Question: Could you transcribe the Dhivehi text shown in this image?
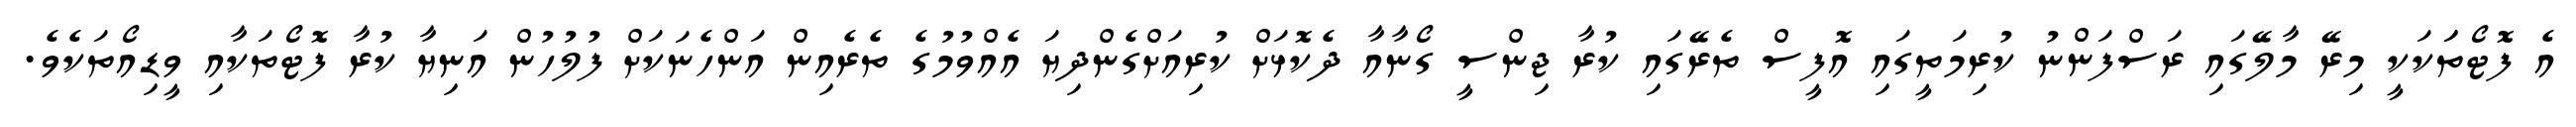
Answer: އެ ފޮޓޯތަަކަކީ މިރޭ މާލޭގައި ރަސްފަންނު ކުރިމަތީގައި އޮފީސް ތެރޭގައި ކުރާ ޖިންސީ ގޯނާއާ ދެކޮޅަށް ކުރިއަށްގެންދިޔަ އެއްވުމުގެ ތެރެއިން އަންހެނަކަށް ފުލުހުން އަނިޔާ ކުރާ ފޮޓޯތަކާއި ވީޑިއޯތަކެވެ.